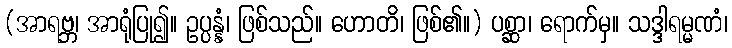
(အာရဗ္ဘ၊ အာရုံပြု၍။ ဥပ္ပန္နံ၊ ဖြစ်သည်။ ဟောတိ၊ ဖြစ်၏။) ပစ္ဆာ၊ ရောက်မှ။ သဒ္ဒါရမ္မဏံ၊